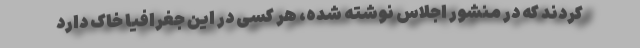
کردند که در منشور اجلاس نوشته شده، هر کسی در این جغرافیا خاک دارد